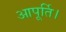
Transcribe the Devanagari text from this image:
आपूर्ति।